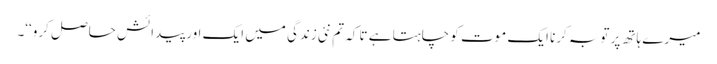
میرے ہاتھ پر توبہ کرنا ایک موت کو چاہتا ہے تا کہ تم نئی زندگی میں ایک اور پیدائش حاصل کرو‘‘۔